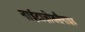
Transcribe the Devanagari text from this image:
नाईटाज़ोक्सैनाइड